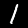
Label: 1